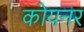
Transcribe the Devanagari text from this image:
कोयनर